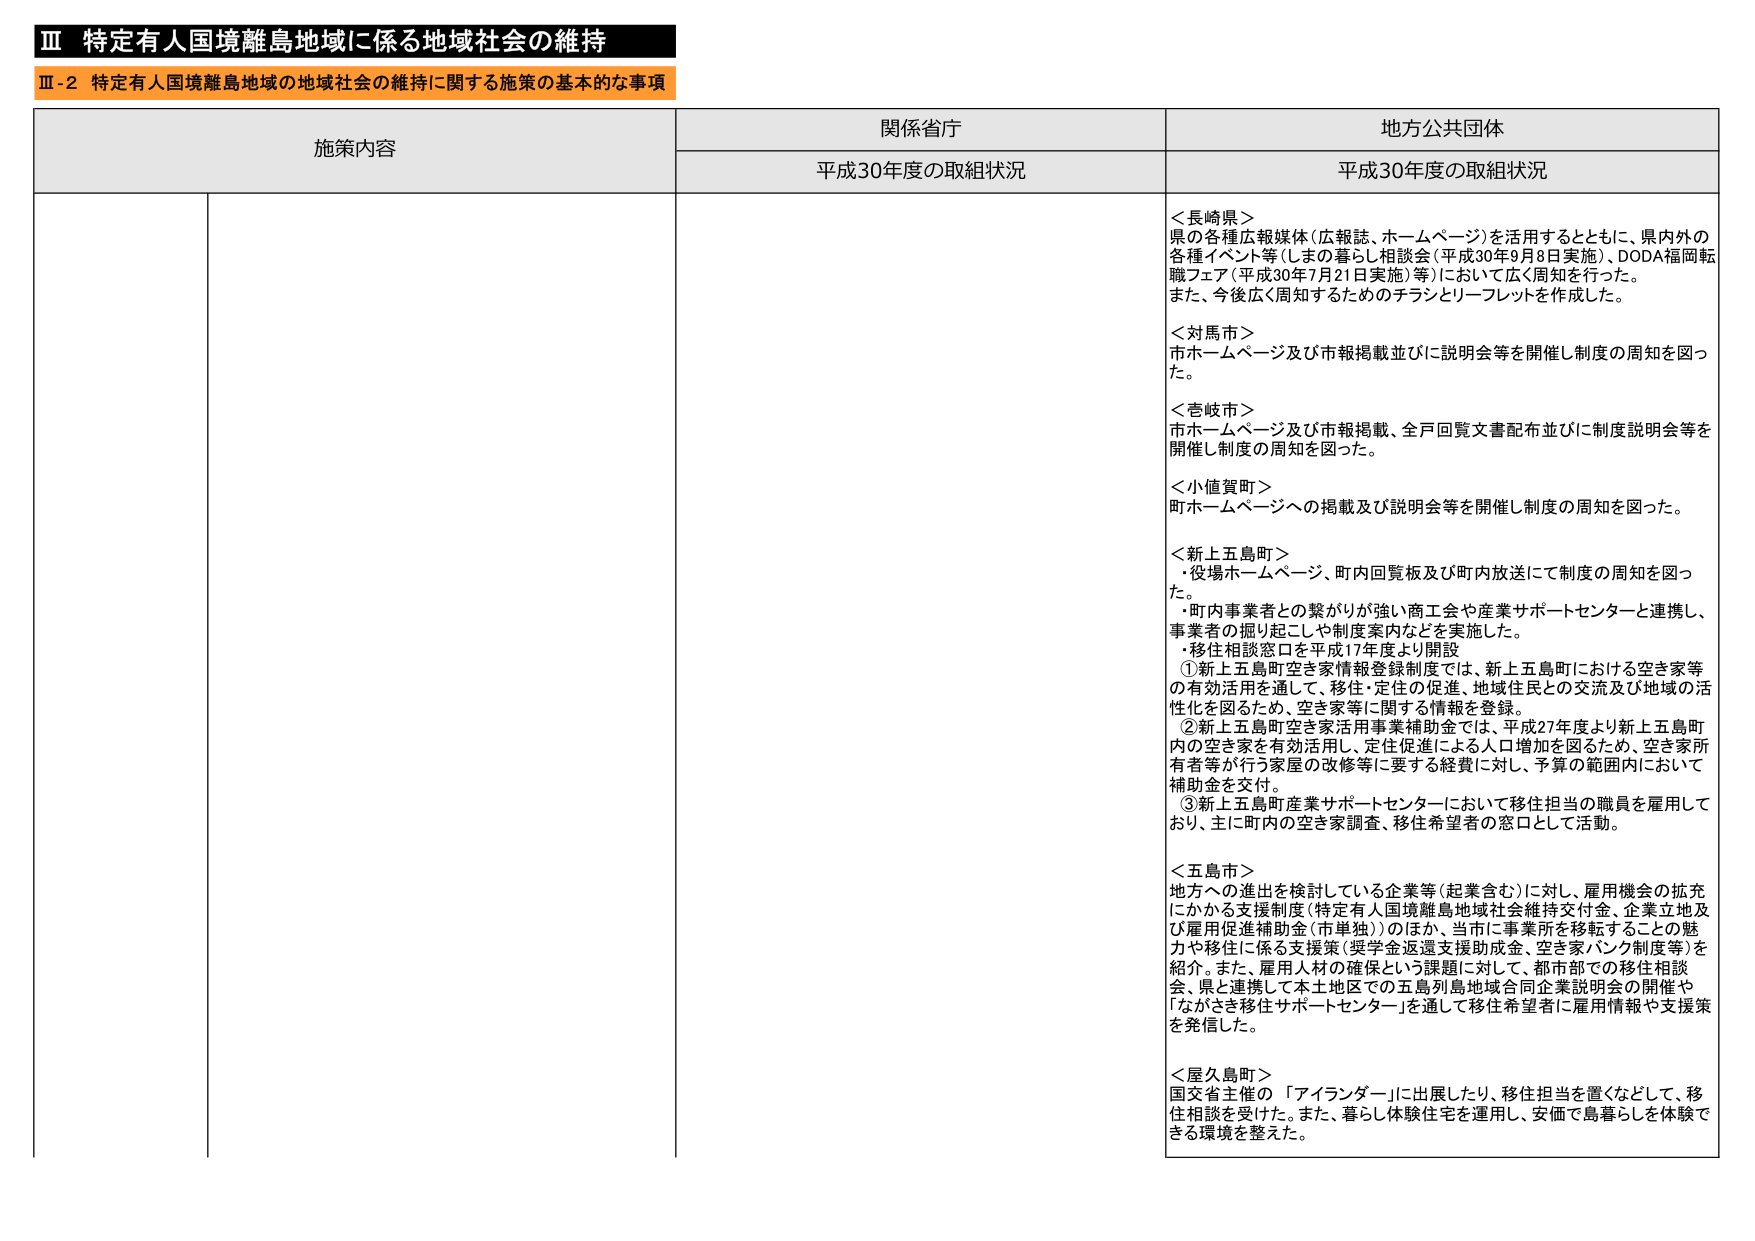
Ⅲ 特定有人国境離島地域に係る地域社会の維持
Ⅲ-2 特定有人国境離島地域の地域社会の維持に関する施策の基本的な事項

施策内容
関係省庁
地方公共団体
平成30年度の取組状況
平成30年度の取組状況

＜長崎県＞
県の各種広報媒体（広報誌、ホームページ）を活用するとともに、県内外の各種イベント等（しまの暮らし相談会（平成30年9月8日実施）、DODA福岡転職フェア（平成30年7月21日実施）等）において広く周知を行った。
また、今後広く周知するためのチラシとリーフレットを作成した。

＜対馬市＞
市ホームページ及び市報掲載並びに説明会等を開催し制度の周知を図った。

＜壱岐市＞
市ホームページ及び市報掲載、全戸回覧文書配布並びに制度説明会等を開催し制度の周知を図った。

＜小値賀町＞
町ホームページへの掲載及び説明会等を開催し制度の周知を図った。

＜新上五島町＞
・役場ホームページ、町内回覧板及び町内放送にて制度の周知を図った。
・町内事業者との繋がりが強い商工会や産業サポートセンターと連携し、事業者の掘り起こしや制度案内などを実施した。
・移住相談窓口を平成17年度より開設
　①新上五島町空き家情報登録制度では、新上五島町における空き家等の有効活用を通じて、移住・定住の促進、地域住民との交流及び地域の活性化を図るため、空き家等に関する情報を登録。
　②新上五島町空き家活用事業補助金では、平成27年度より新上五島町内の空き家を有効活用し、定住促進による人口増加を図るため、空き家所有者等が行う家屋の改修等に要する経費に対して、予算の範囲内において補助金を交付。
　③新上五島町産業サポートセンターにおいて移住担当の職員を雇用しており、主に町内の空き家調査、移住希望者の窓口として活動。

＜五島市＞
地方への進出を検討している企業等（起業含む）に対し、雇用機会の拡充にかかる支援制度（特定有人国境離島地域社会維持交付金、企業立地及び雇用促進補助金（市単独））のほか、当市に事業所を移転することの魅力や移住に係る支援策（奨学金返還支援助成金、空き家バンク制度等）を紹介。また、雇用人材の確保という課題に対して、都市部での移住相談会、県と連携して本土地区での五島列島地域合同企業説明会の開催や「ながさき移住サポートセンター」を通して移住希望者に雇用情報や支援策を発信した。

＜屋久島町＞
国交省主催の「アイランダー」に出展したり、移住担当を置くなどして、移住相談を受けた。また、暮らし体験住宅を運用し、安価で島暮らしを体験できる環境を整えた。